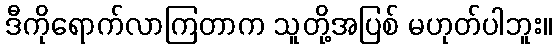
ဒီကိုရောက်လာကြတာက သူတို့အပြစ် မဟုတ်ပါဘူး။